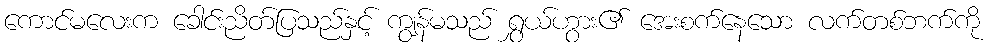
ကောင်မလေးက ခေါင်းညိတ်ပြသည်နှင့် ကျွန်မသည် ရွှယ်ဟွား၏ အေးစက်နေသော လက်တစ်ဘက်ကို